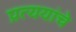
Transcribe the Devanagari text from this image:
प्रत्ययांचे